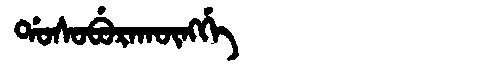
Manchu: ᡩᠣᠰᠣᠪᡠᡵᠠᡴᡡᠩᡤᡝ
Romanization: DOSOBURAKŪNGGE